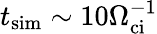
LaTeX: t_{\mathrm{sim}}\sim 10\Omega_{\mathrm{ci}}^{-1}